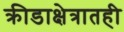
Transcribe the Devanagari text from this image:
क्रीडाक्षेत्रातही